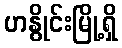
ဟနွိုင်းမြို့ရှိ